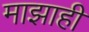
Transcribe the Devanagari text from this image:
माझाही